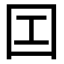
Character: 𡆬